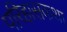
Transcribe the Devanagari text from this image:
परिहासकथा